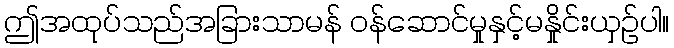
ဤအထုပ်သည်အခြားသာမန် ဝန်ဆောင်မှုနှင့်မနှိုင်းယှဉ်ပါ။